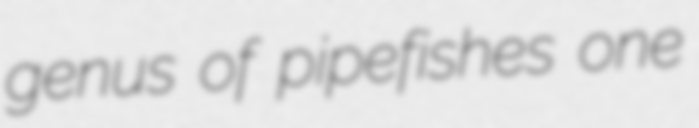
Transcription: genus of pipefishes one